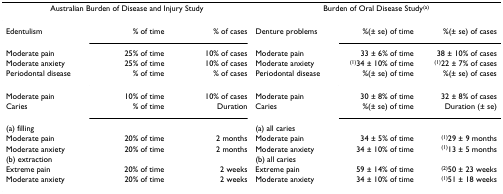
<table><thead><tr><td colspan="3"><b>Australian Burden of Disease and Injury Study</b></td><td colspan="3"><b>Burden of Oral Disease Study<sup>(a)</sup></b></td></tr></thead><tbody><tr><td>Edentulism</td><td>% of time</td><td>% of cases</td><td>Denture problems</td><td>%(± se) of time</td><td>%(± se) of cases</td></tr><tr><td>Moderate pain</td><td>25% of time</td><td>10% of cases</td><td>Moderate pain</td><td>33 ± 6% of time</td><td>38 ± 10% of cases</td></tr><tr><td>Moderate anxiety</td><td>25% of time</td><td>10% of cases</td><td>Moderate anxiety</td><td><sup>(1)</sup>34 ± 10% of time</td><td><sup>(1)</sup>22 ± 7% of cases</td></tr><tr><td>Periodontal disease</td><td>% of time</td><td>% of cases</td><td>Periodontal disease</td><td>%(± se) of time</td><td>%(± se) of cases</td></tr><tr><td>Moderate pain</td><td>10% of time</td><td>10% of cases</td><td>Moderate pain</td><td>30 ± 8% of time</td><td>32 ± 8% of cases</td></tr><tr><td>Caries</td><td>% of time</td><td>Duration</td><td>Caries</td><td>%(± se) of time</td><td>Duration (± se)</td></tr><tr><td>(a) filling</td><td></td><td></td><td>(a) all caries</td><td></td><td></td></tr><tr><td>Moderate pain</td><td>20% of time</td><td>2 months</td><td>Moderate pain</td><td>34 ± 5% of time</td><td><sup>(1)</sup>29 ± 9 months</td></tr><tr><td>Moderate anxiety</td><td>20% of time</td><td>2 months</td><td>Moderate anxiety</td><td>34 ± 10% of time</td><td><sup>(1)</sup>13 ± 5 months</td></tr><tr><td>(b) extraction</td><td></td><td></td><td>(b) all caries</td><td></td><td></td></tr><tr><td>Extreme pain</td><td>20% of time</td><td>2 weeks</td><td>Extreme pain</td><td>59 ± 14% of time</td><td><sup>(2)</sup>50 ± 23 weeks</td></tr><tr><td>Moderate anxiety</td><td>20% of time</td><td>2 weeks</td><td>Moderate anxiety</td><td>34 ± 10% of time</td><td><sup>(1)</sup>51 ± 18 weeks</td></tr></tbody></table>